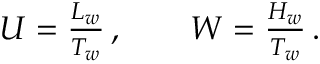
\begin{array} { r } { U = \frac { L _ { w } } { T _ { w } } \, , \qquad W = \frac { H _ { w } } { T _ { w } } \, . } \end{array}